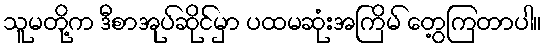
သူမတို့က ဒီစာအုပ်ဆိုင်မှာ ပထမဆုံးအကြိမ် တွေ့ကြတာပါ။